Report of the Indian Hemp Drugs Commission, 1894-1895 - Volume V
Year: 1894
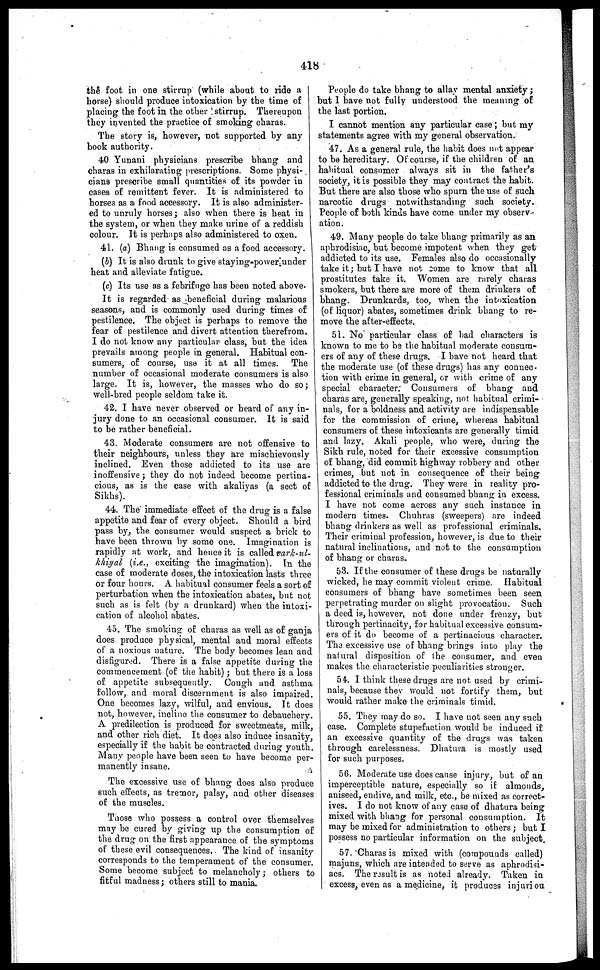
418
the foot in one stirrup (while about to ride a
horse) should produce intoxication by the time of
placing the foot in the other stirrup. Thereupon
they invented the practice of smoking charas.
The story is, however, not supported by any
book authority.
40 Yunani physicians prescribe bhang and
charas in exhilarating prescriptions. Some physi-
cians prescribe small quantities of its powder in
cases of remittent fever. It is administered to
horses as a food accessory. It is also administer-
ed to unruly horses; also when there is heat in
the system, or when they make urine of a reddish
colour. It is perhaps also administered to oxen.
41. (a) Bhang is consumed as a food accessory.
(b) It is also drunk to give staying-power under
heat and alleviate fatigue.
(c) Its use as a febrifuge has been noted above.
It is regarded as beneficial during malarious
seasons, and is commonly used during times of
pestilence. The object is perhaps to remove the
fear of pestilence and divert attention therefrom.
I do not know any particular class, but the idea
prevails among people in general. Habitual con- I
sumers, of course, use it at all times. The
number of occasional moderate consumers is also
large. It is, however, the masses who do so;
well-bred people seldom take it.
42. I have never observed or heard of any in-
jury done to an occasional consumer. It is said
to be rather beneficial.
43. Moderate consumers are not offensive to
their neighbours, unless they are mischievously
inclined. Even those addicted to its use are
inoffensive; they do not indeed become pertina-
cious, as is the case with akaliyas (a sect of
Sikhs).
44. The" immediate effect of the drug is a false
appetite and fear of every object. Should a bird
pass by, the consumer would suspect a brick to
have been thrown by some one. Imagination is
rapidly at work, and hence it is called vark-ul-
khiyal (i.e., exciting the imagination). In the
case of moderate doses, the intoxication lasts three
or four hours. A habitual consumer feels a sort of
perturbation when the intoxication abates, but not
such as is felt (by a drunkard) when the intoxi-
cation of alcohol abates.
45. The smoking of charas as well as of ganja
does produce physical, mental and moral effects
of a noxious nature. The body becomes lean and
disfigured. There is a false appetite during the
commencement (of the habit); but there is a loss
of appetite subsequently. Cough and asthma
follow, and moral discernment is also impaired.
One becomes lazy, wilful, and envious. It does
not, however, incline the consumer to debauchery.
A predilection is produced for sweetmeats, milk,
and other rich diet. It does also induce insanity,
especially if the habit be contracted during youth,
Many people have been seen to have become per-
manently insane.
The excessive use of bhang does also produce
such effects, as tremor, palsy, and other diseases
of the muscles.
Tnose who possess a control over themselves
may be cured by giving up the consumption of
the drug on the first appearance of the symptoms
of these evil consequences. The kind of insanity
corresponds to the temperament of the consumer.
Some become subject to melancholy; others to
fitful madness; others still to mania.
People do take bhang to allay mental anxiety;
but 1 have not fully understood the meaning of
the last portion.
I cannot mention any particular case; but my
statements agree with my general observation.
47. As a general rule, the habit does not appear
to be hereditary. Of course, if the children of an
habitual consumer always sit in the father's
society, it is possible they may contract the habit.
But there are also those who spurn the use of such
narcotic drugs notwithstanding such society.
People of both kinds have come under my observ-
ation.
49. Many people do take bhang primarily as an
aphrodisiac, but become impotent when they get
addicted to its use. Females also do occasionally
take it; but I have not come to know that all
prostitutes take it. Women are rarely charas
smokers, but there are more of them drinkers of
bhang. Drunkards, too, when the intoxication
(of liquor) abates, sometimes drink bhang to re-
move the after-effects.
51. No particular class of bad characters is
known to me to be the habitual moderate consum-
ers of any of these drugs. I have not heard that
the moderate use (of these drugs) has any connec-
tion with crime in general, or with crime of any
special character; Consumers of bhang and
charas are, generally speaking, not habitual crimi-
nals, for a boldness and activity are indispensable
for the commission of crime, whereas habitual
consumers of these intoxicants are generally timid
and lazy. Akali people, who were, during the
Sikh rule, noted for their excessive consumption
of bhang, did commit highway robbery and other
crimes, but not in consequence of their being
addicted to the drug. They were in reality pro-
fessional criminals and consumed bhang in excess.
I have not come across any such instance in
modern times. Chuhras (sweepers) are indeed
bhang drinkers as well as professional criminals.
Their criminal profession, however, is due to their
natural inclinations, and not to the consumption
of bhang or charas.
53. If the consumer of these drugs be naturally
wicked, he may commit violent crime. Habitual
consumers of bhang have sometimes been seen
perpetrating murder on slight provocation. Such
a deed is, however, not done under frenzy, but
through pertinacity, for habitual excessive consum-
ers of it do become of a pertinacious character.
The excessive use of bhang brings into play the
natural disposition of the consumer, and even
makes the characteristic peculiarities stronger.
54. I think these drugs are not used by crimi-
nals, because they would not fortify them, but
would rather make the criminals timid.
55. They may do so. I have not seen any such
case. Complete stupefaction would be induced if
an excessive quantity of the drugs was taken
through carelessness. Dhatura is mostly used
for such purposes.
56. Moderate use does cause injury, but of an
imperceptible nature, especially so if almonds,
aniseed, endive, and milk, etc., be mixed as correct-
ives. I do not know of any case of dhatura being
mixed with bhang for personal consumption. It
may be mixed for administration to others ; but I
possess no particular information on the subject.
57. Charas is mixed with (compounds called)
majuns, which are intended to serve as aphrodisi-
acs. The result is as noted already. Taken in
excess, even as a medicine, it produces injuriou